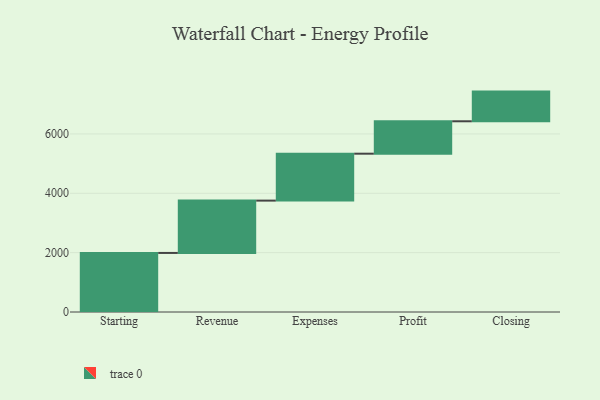
{"axis": {"x": "Step", "y": "Value"}, "legend": [""], "data": [{"x": "Starting", "y": 1990.0, "type": ""}, {"x": "Revenue", "y": 1763.0, "type": ""}, {"x": "Expenses", "y": 1581.0, "type": ""}, {"x": "Profit", "y": 1092.0, "type": ""}, {"x": "Closing", "y": 1000, "type": ""}]}